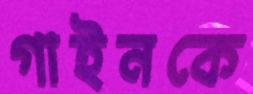
গাইনকে